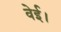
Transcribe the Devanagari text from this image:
वेई।